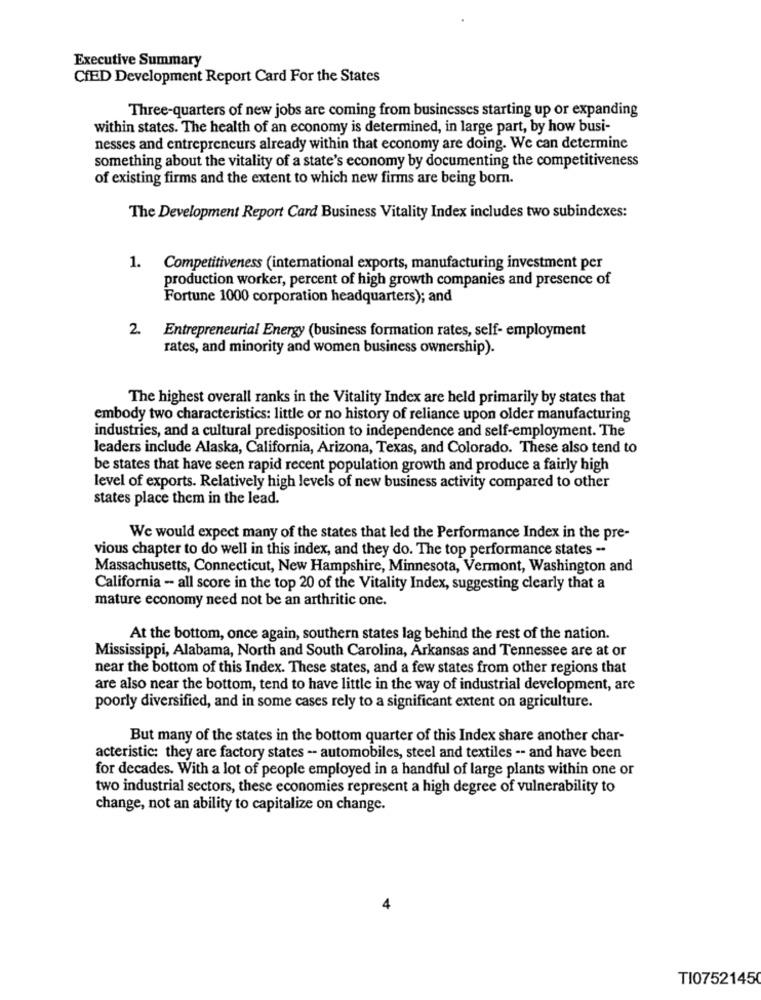
Executive Summary
CHED Development Report Card For the States
Three-quarters of new jobs are coming from businesses starting up or expanding
within states. The health of an economy is determined, in large part, by how busi-
nesses and entrepreneurs already within that economy are doing. We can determine
something about the vitality of a state's economy by documenting the competitiveness
of existing firms and the extent to which new firms are being born.
The Development Report Card Business Vitality Index includes two subindexes:
1. Competitiveness (international exports, manufacturing investment per
production worker, percent of high growth companies and presence of
Fortune 1000 corporation headquarters); and
2.
Entrepreneurial Energy (business formation rates, self- employment
rates, and minority and women business ownership).
The highest overall ranks in the Vitality Index are held primarily by states that
embody two characteristics: little or no history of reliance upon older manufacturing
industries, and a cultural predisposition to independence and self-employment. The
leaders include Alaska, California, Arizona, Texas, and Colorado. These also tend to
be states that have seen rapid recent population growth and produce a fairly high
level of exports. Relatively high levels of new business activity compared to other
states place them in the lead.
We would expect many of the states that led the Performance Index in the pre-
vious chapter to do well in this index, and they do. The top performance states -
Massachusetts, Connecticut, New Hampshire, Minnesota, Vermont, Washington and
California - all score in the top 20 of the Vitality Index, suggesting clearly that a
mature economy need not be an arthritic one.
At the bottom, once again, southern states lag behind the rest of the nation.
Mississippi, Alabama, North and South Carolina, Arkansas and Tennessee are at or
near the bottom of this Index. These states, and a few states from other regions that
are also near the bottom, tend to have little in the way of industrial development, are
poorly diversified, and in some cases rely to a significant extent on agriculture.
But many of the states in the bottom quarter of this Index share another char-
acteristic: they are factory states -- automobiles, steel and textiles -- and have been
for decades. With a lot of people employed in a handful of large plants within one or
two industrial sectors, these economies represent a high degree of vulnerability to
change, not an ability to capitalize on change.
TI07521450